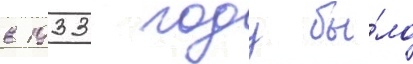
в 1933 году бы́ло